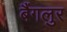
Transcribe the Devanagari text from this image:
बैंगलुर